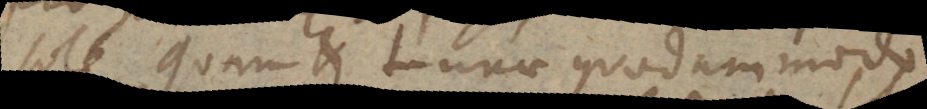
sole, quam et Lunae quodammodo